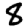
Digit: 8